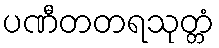
ပဏီတတရသုတ္တံ